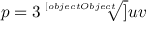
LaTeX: p = 3 { \sqrt [ [object Object] ] { u v } }